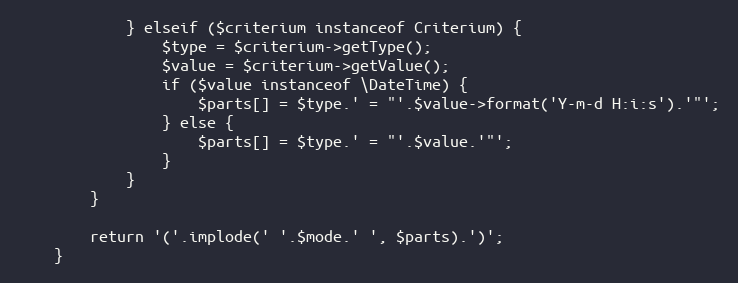
Language: PHP
            } elseif ($criterium instanceof Criterium) {
                $type = $criterium->getType();
                $value = $criterium->getValue();
                if ($value instanceof \DateTime) {
                    $parts[] = $type.' = "'.$value->format('Y-m-d H:i:s').'"';
                } else {
                    $parts[] = $type.' = "'.$value.'"';
                }
            }
        }

        return '('.implode(' '.$mode.' ', $parts).')';
    }